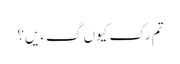
تم رک کیوں گءیں؟